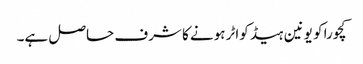
کچورا کو یونین ہیڈ کواٹر ہونے کا شرف حاصل ہے۔